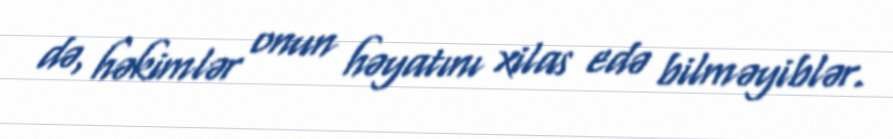
də, həkimlər onun həyatını xilas edə bilməyiblər.